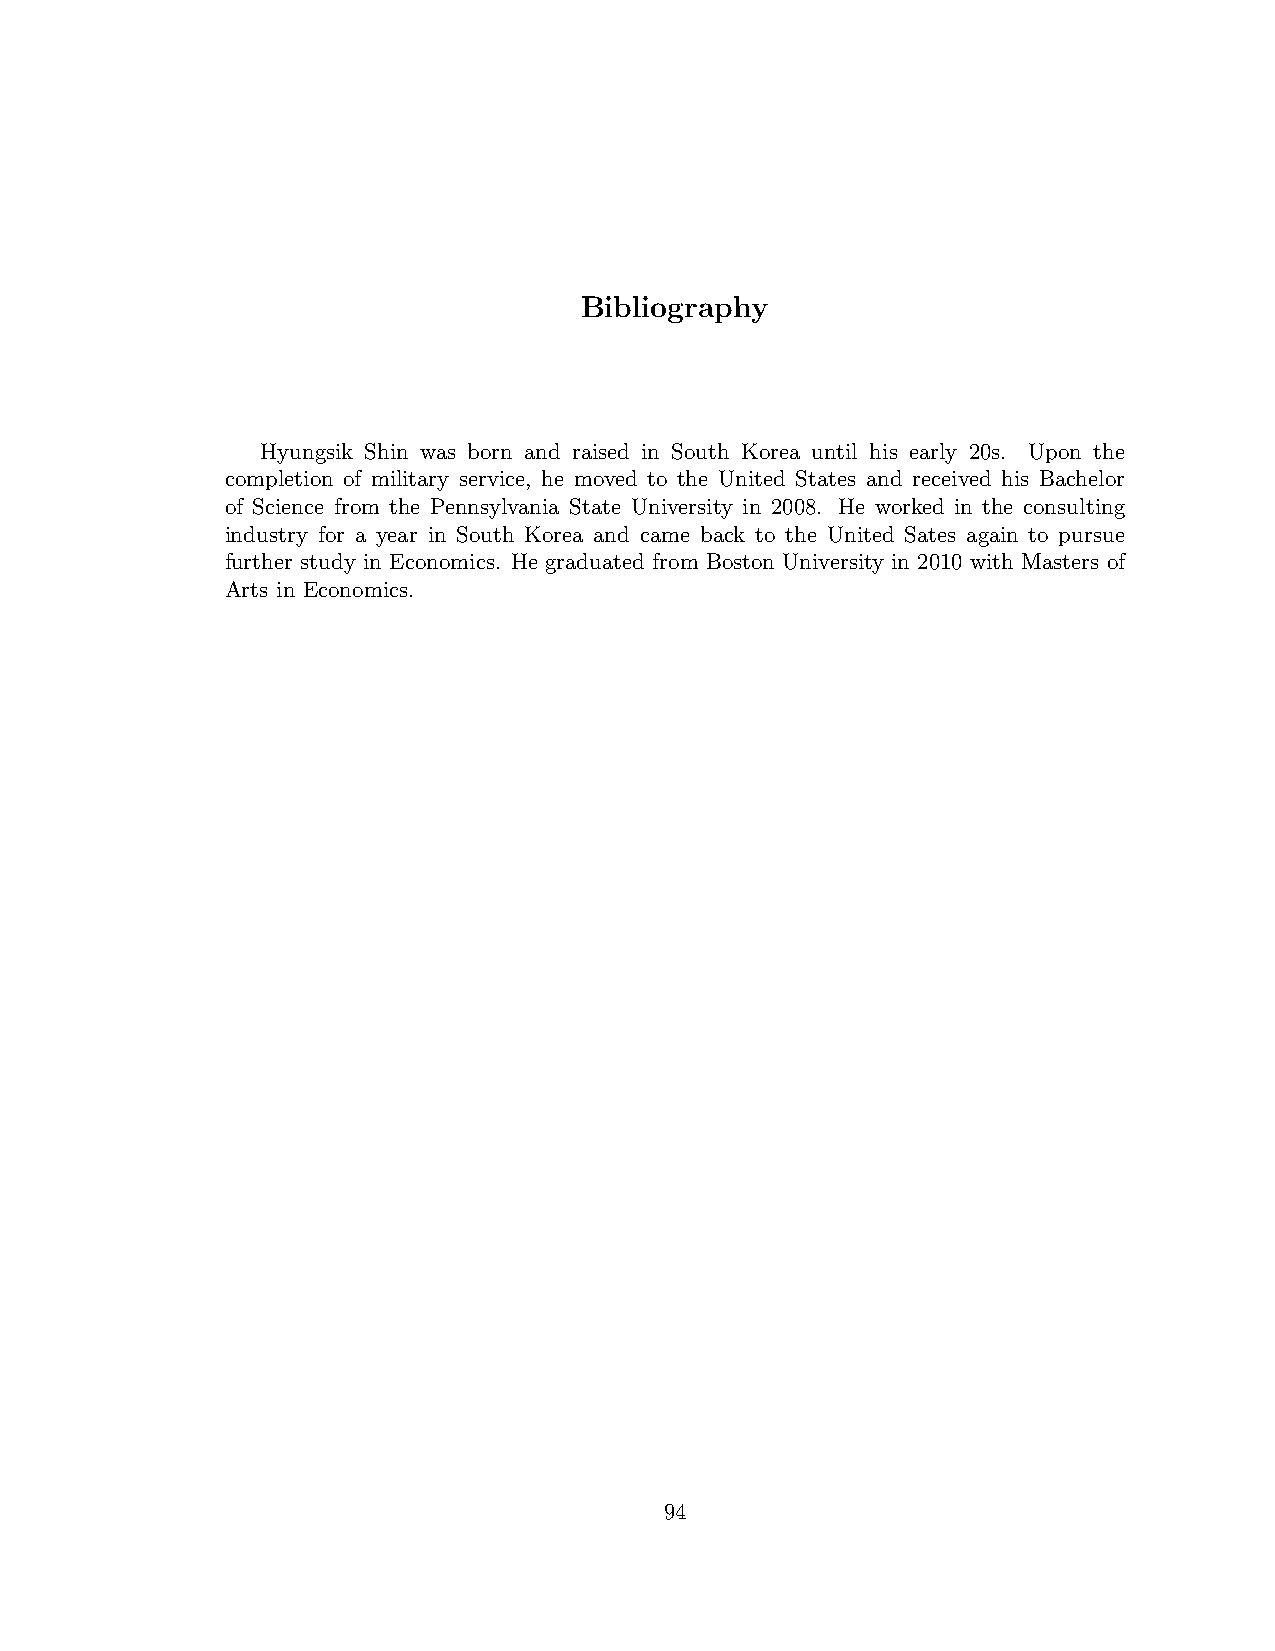
Bibliography
 Hyungsik Shin was born and raised in South Korea until his early 20s. Upon the
 completion of military service, he moved to the United States and received his Bachelor
 of Science from the Pennsylvania State University in 2008. He worked in the consulting
 industry for a year in South Korea and came back to the United Sates again to pursue
 further study in Economics. He graduated from Boston University in 2010 with Masters of
 Arts in Economics.
 94